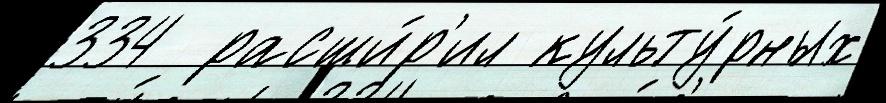
334  расши́р'ил культу́рных